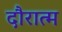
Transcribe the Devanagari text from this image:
दौरात्म